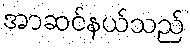
အာဆင်နယ်သည်